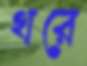
থরে